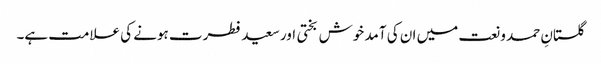
گلستانِ حمد و نعت میں ان کی آمد خوش بختی اور سعید فطرت ہونے کی علامت ہے۔